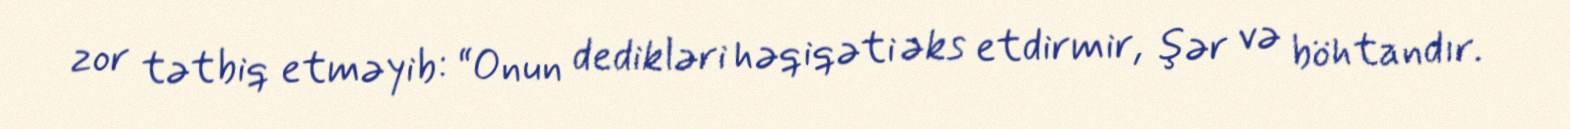
zor tətbiq etməyib: “Onun dedikləri həqiqəti əks etdirmir, şər və böhtandır.